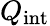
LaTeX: Q_{\mathrm{int}}